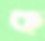
ক